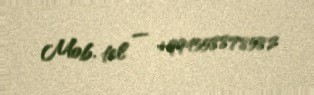
Mob. tel — +994558878582